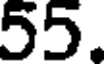
55.